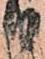
り